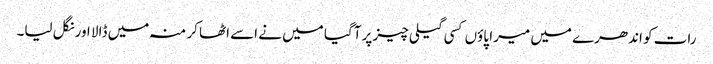
رات کو اندھرے میں میرا پاوٴں کسی گیلی چیز پر آگیا میں نے اسے اٹھا کر منہ میں ڈالا اور نگل لیا۔